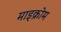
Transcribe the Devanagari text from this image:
माइक्रोम